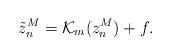
LaTeX: \begin{align*}\tilde{z}_n^M = \mathcal {K}_m ({z}_n^M) + f.\end{align*}